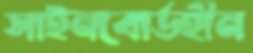
সাইনবোর্ডহীন